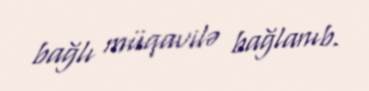
bağlı müqavilə bağlanıb.